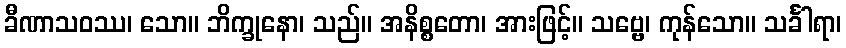
ခီဏာသဝဿ၊ သော။ ဘိက္ခုနော၊ သည်။ အနိစ္စတော၊ အားဖြင့်။ သဗ္ဗေ၊ ကုန်သော။ သင်္ခါရာ၊